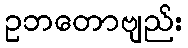
ဥဘတောဗျည်း